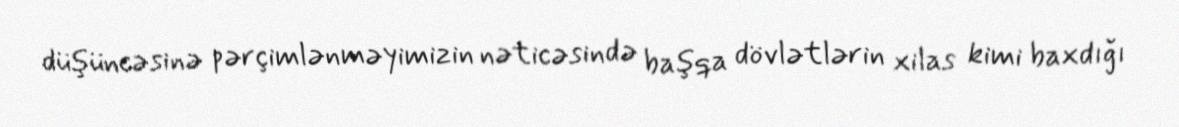
düşüncəsinə pərçimlənməyimizin nəticəsində başqa dövlətlərin xilas kimi baxdığı